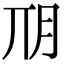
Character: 𣍣